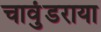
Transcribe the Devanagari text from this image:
चावुंडराया